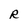
Character: R